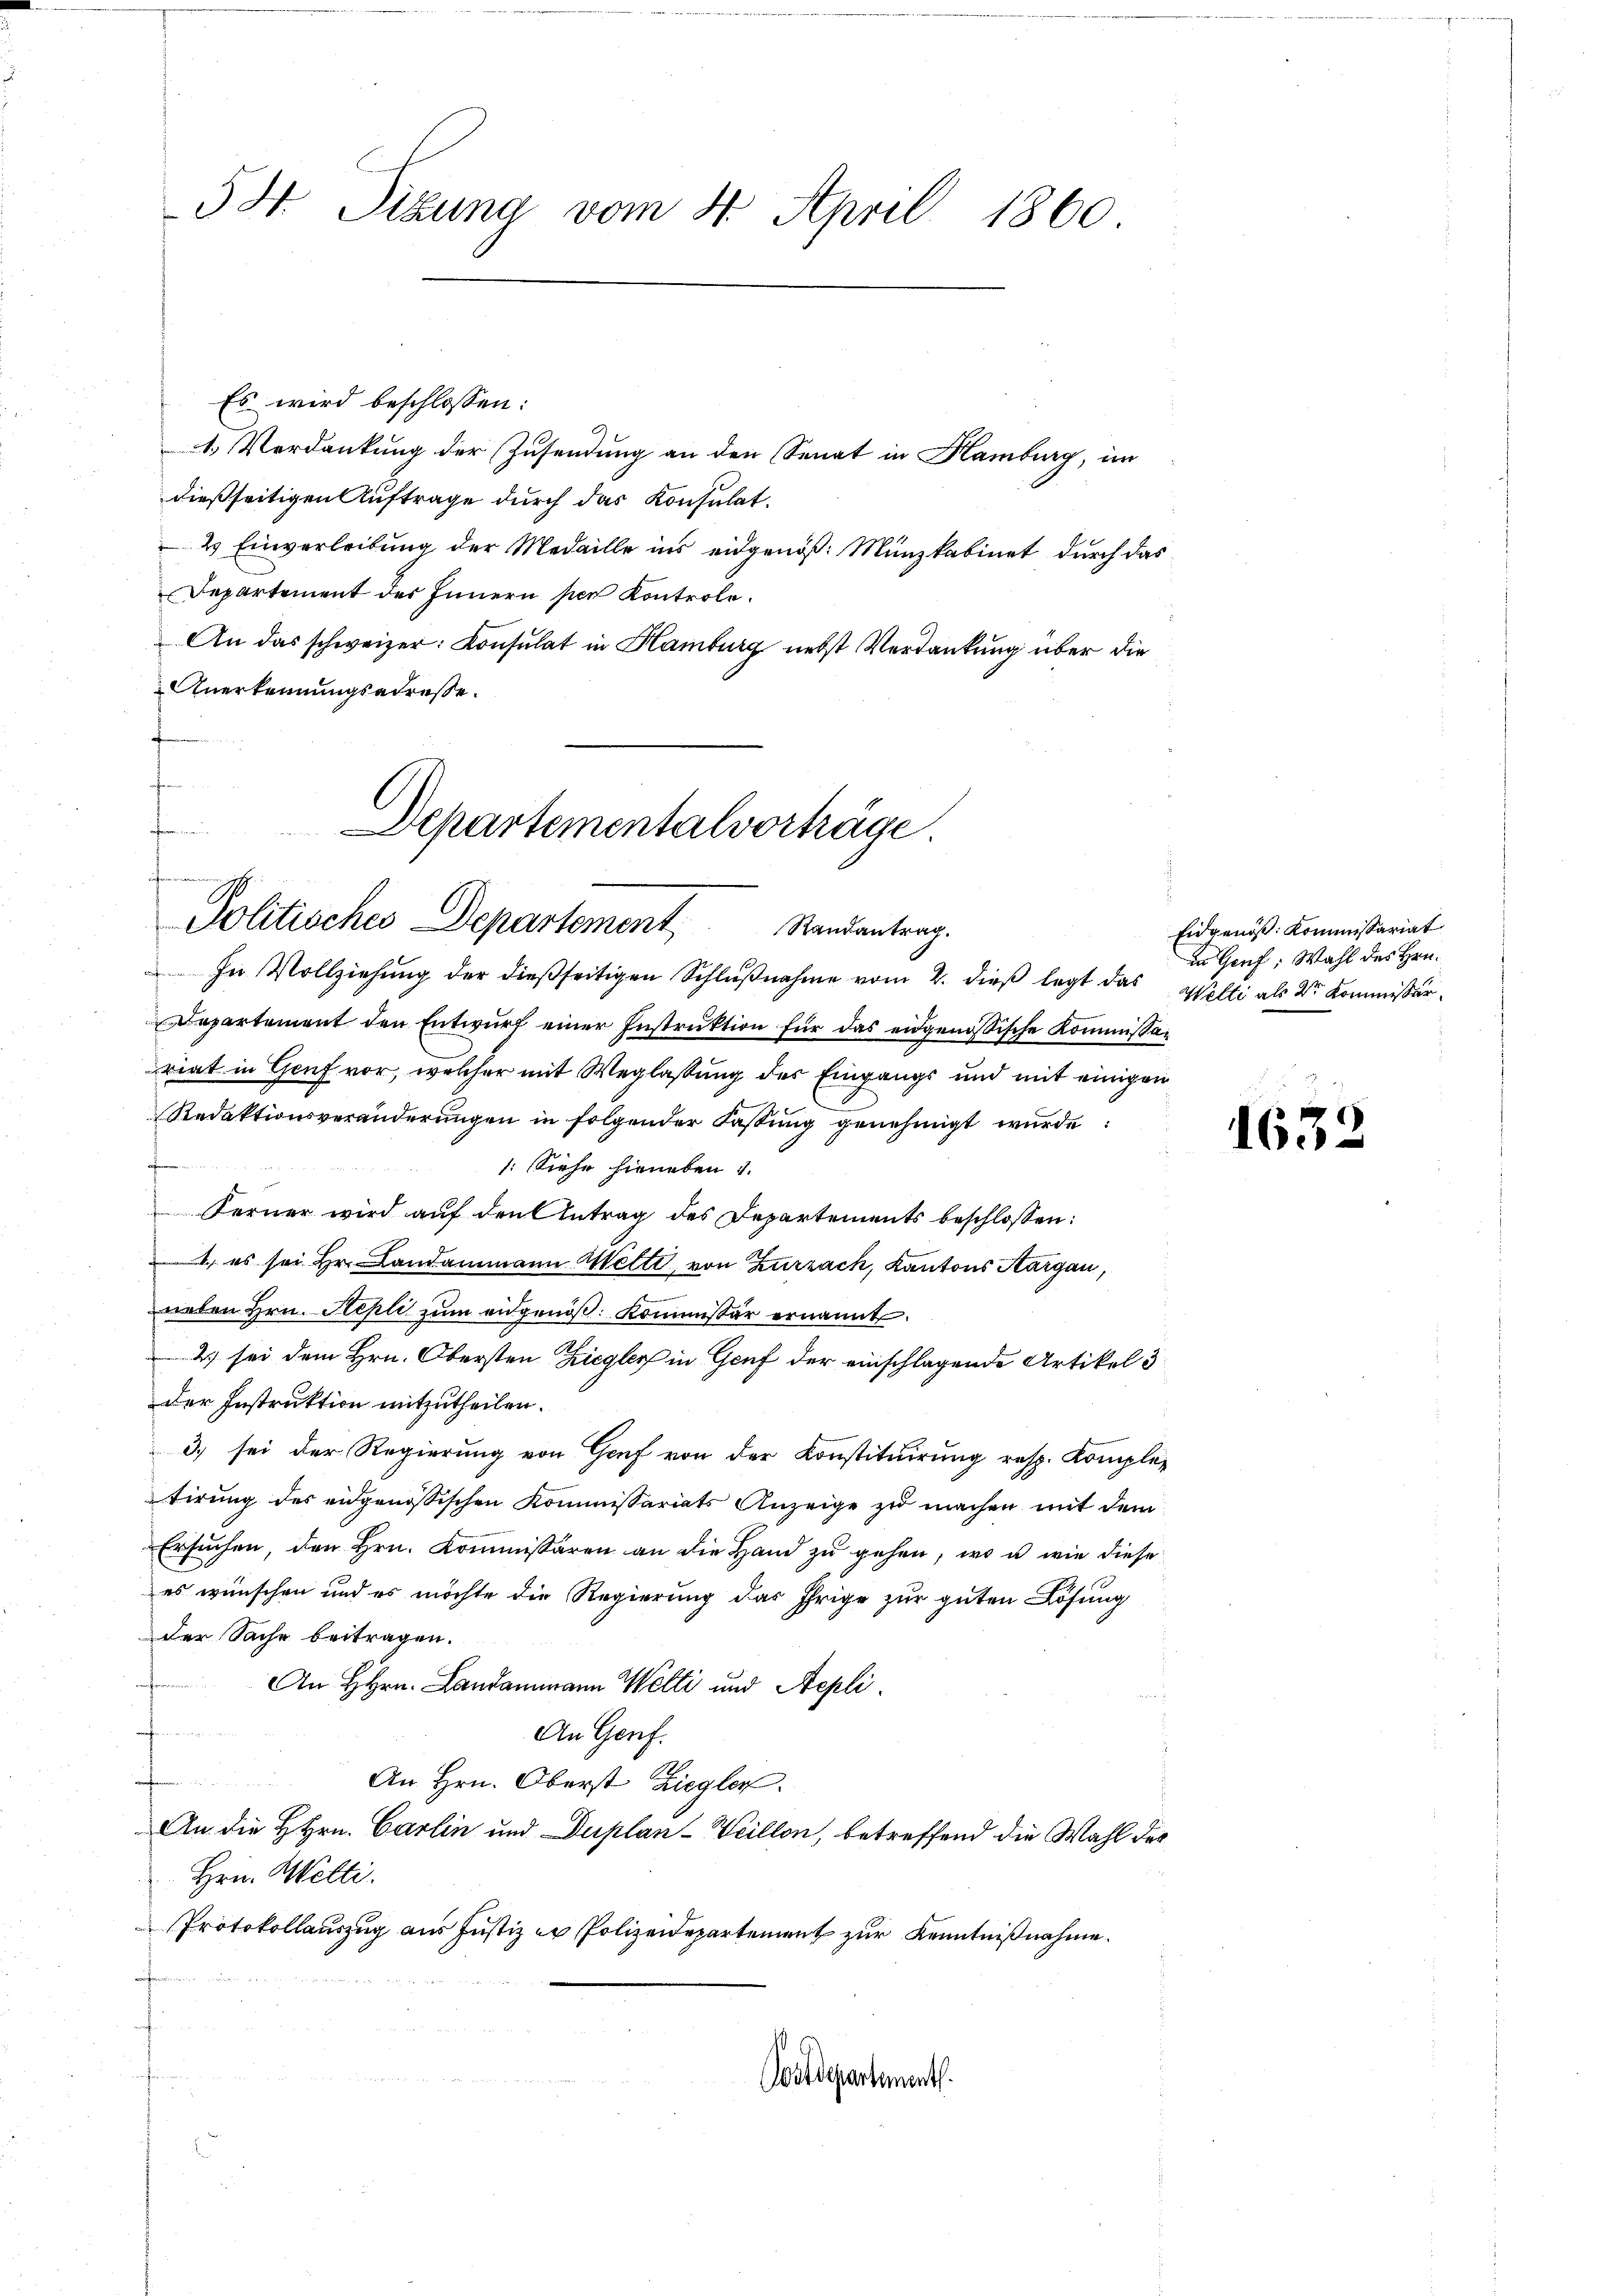
Es wird beschlossen:
1. Verdankŭng der Zŭsendŭng an den Senat in Hamburg, im
dießseitigen Auftrage durch das Konsulat.
2 Einverleibung der Medaille ins eidgenöß: Münzkabinet durch das
Departement des Innern per Kontrole.
An das schweizer: Consulat in Hamburg nebst Verdankung über die
Anerkennungsadresse.
f
f

5 St. Sizung vom 4. April 1860.

In Vollziehung der dießseitigen Schlußnahme vom 2. dieß legt das Welti als Dr. Kommissär
Departement den Entwurf einer Instruktion für das eidgenössische Kommissariat in Genf vor, welcher mit Weglaßung des Eingangs und mit einigen
Redaktionsveränderungen in folgender Fassung genehmigt wurde
/: Siehe hieneben 1.
Ferner wird aŭf den Antrag des Departements beschlossen:
1., es sei Hr. Landammann Mette, von Zurzach, Kantons Aargau,
neben Hrn. Repli zum eidgenöβ: Kommissär ernannt.
2) sei dem Hrn. Obersten Ziegler in Genf der einschlagende Artikel 3
der Instruktion mitzutheilen.
3) sei der Regierung von Graf von der Konstituirung resp. Kompletirung des eidgenössischen Kommissariats Anzeige zu machen mit dem
Ersuchen, den Hrn. Kommissären an die Hand zu gehen, wo u. wie diese
es wünschen und es möchte die Regierung das Ihrige zur guten Lösung
der Sache beitragen.
i
An Hrn. Landammann Welti und Aepli.
fmann
An Genf.

An Hrn. Oberst Ziegler.
An die HHrn. Carlin und Duplan-Weillon, betreffend die Wahl des
Hrn. Welti.
Protokollauszug aus Justiz in Polizeidepartement zur Kenntnißnahme.
t
.

Departementalvorträge.
Politisches Departement
Randantrag.

Postdepartementh

Eidgenöß: Kommissariat
in Genf, Wahl des Hrn.

163